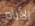
الأيام